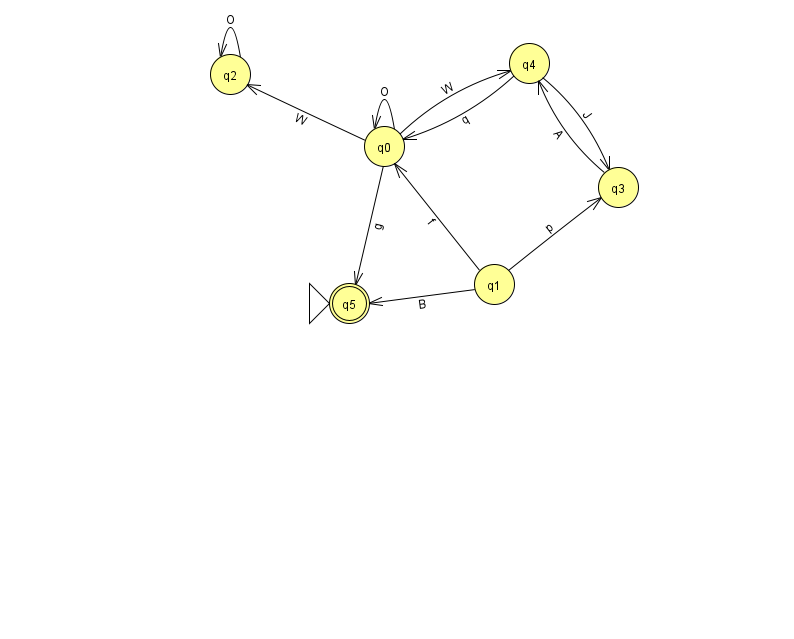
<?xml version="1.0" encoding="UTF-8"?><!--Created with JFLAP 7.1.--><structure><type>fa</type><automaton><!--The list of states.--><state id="0" name="q0"><x>384.0</x><y>133.0</y></state><state id="1" name="q1"><x>494.0</x><y>271.0</y></state><state id="2" name="q2"><x>230.0</x><y>61.0</y></state><state id="3" name="q3"><x>618.0</x><y>174.0</y></state><state id="4" name="q4"><x>529.0</x><y>50.0</y></state><state id="5" name="q5"><x>349.0</x><y>290.0</y><initial/><final/></state><!--The list of transitions.--><transition><from>1</from><to>3</to><read>p</read></transition><transition><from>1</from><to>0</to><read>f</read></transition><transition><from>4</from><to>3</to><read>J</read></transition><transition><from>1</from><to>5</to><read>B</read></transition><transition><from>0</from><to>4</to><read>W</read></transition><transition><from>0</from><to>2</to><read>W</read></transition><transition><from>3</from><to>4</to><read>A</read></transition><transition><from>0</from><to>0</to><read>O</read></transition><transition><from>0</from><to>5</to><read>g</read></transition><transition><from>2</from><to>2</to><read>O</read></transition><transition><from>4</from><to>0</to><read>q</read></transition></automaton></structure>